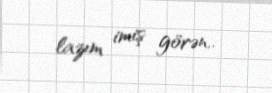
lazım imiş görən..